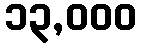
၁၃,၀၀၀